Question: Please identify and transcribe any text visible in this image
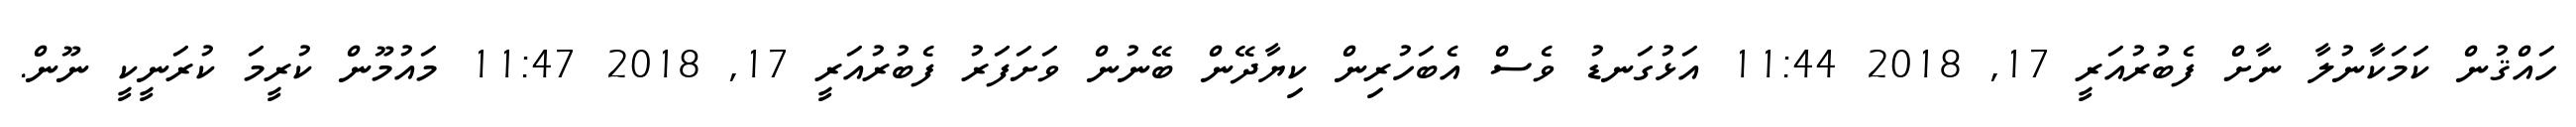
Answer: ހައްޤުން ކަމަކާނުލާ ނާށް ފެބުރުއަރީ 17, 2018 11:44 އަޅުގަނޑު ވެސް އެބަހުރިން ކިޔާދޭން ބޭނުން ވަށަފަރު ފެބުރުއަރީ 17, 2018 11:47 މައުމޫން ކުރީމަ ކުރަނީކީ ނޫން.